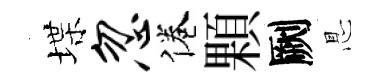
堞忽倦顆劂㤙